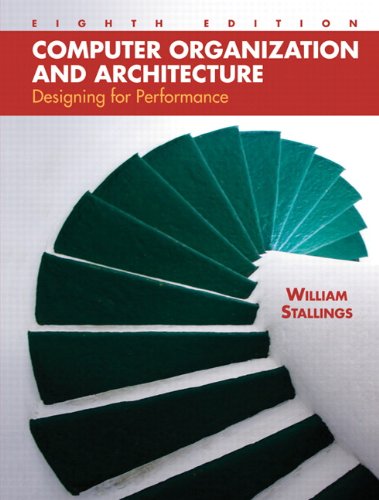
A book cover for Computer Organization and Architecture: Designing for Performance (8th Edition); William Stallings; Computers & Technology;